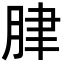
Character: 𦛌